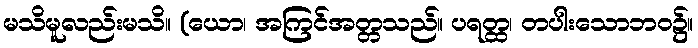
မသိမူလည်းမသိ။ (ယော၊ အကြင်အတ္တသည်။ ပရတ္ထ၊ တပါးသောဘဝ၌။